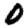
Digit: 0